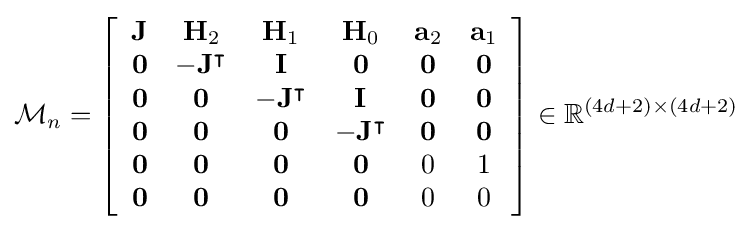
{\mathcal {M}}_{n}=\left[{\begin{array}{cccccc}\mathbf {J} &\mathbf {H} _{2}&\mathbf {H} _{1}&\mathbf {H} _{0}&\mathbf {a} _{2}&\mathbf {a} _{1}\\\mathbf {0} &-\mathbf {J} ^{\intercal }&\mathbf {I} &\mathbf {0} &\mathbf {0} &\mathbf {0} \\\mathbf {0} &\mathbf {0} &-\mathbf {J} ^{\intercal }&\mathbf {I} &\mathbf {0} &\mathbf {0} \\\mathbf {0} &\mathbf {0} &\mathbf {0} &-\mathbf {J} ^{\intercal }&\mathbf {0} &\mathbf {0} \\\mathbf {0} &\mathbf {0} &\mathbf {0} &\mathbf {0} &0&1\\\mathbf {0} &\mathbf {0} &\mathbf {0} &\mathbf {0} &0&0\end{array}}\right]\in \mathbb {R} ^{(4d+2)\times (4d+2)}